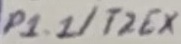
Text: P1.1/T2EX